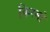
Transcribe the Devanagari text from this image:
किस्मो